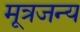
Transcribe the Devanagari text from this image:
मूत्रजन्य